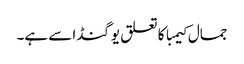
جمال کیمبا کا تعلق یوگنڈا سے ہے۔